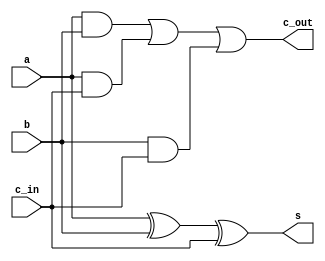
module FullAdder(a, b, c_in, s, c_out);
input a, b, c_in;
output s, c_out;

	assign s = a ^ b ^ c_in;
	assign c_out = (a & b) | (a & c_in) | (b & c_in);
	
endmodule 

module part2(a, b, c_in, s, c_out);
input [3:0]a, b;
input c_in;
output [3:0]s, c_out;
wire [2:0]c;

	FullAdder u0(a[0], b[0], c_in, s[0], c[0]);
	FullAdder u1(a[1], b[1], c[0], s[1], c[1]);
	FullAdder u2(a[2], b[2], c[1], s[2], c[2]);
	FullAdder u3(a[3], b[3], c[2], s[3], c_out[3]);
	assign c_out[2] = c[2];
	assign c_out[1] = c[1];
	assign c_out[0] = c[0];

endmodule